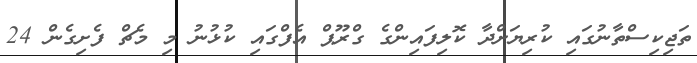
ތަޖިކިސްތާނުގައި ކުރިޔަށްދާ ކޮލިފައިންގެ ގްރޫޕް އެފްގައި ކުޅުނު މި މެޗް ފެށިގެން 24